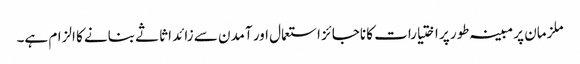
ملزمان پر مبینہ طور پر اختیارات کا ناجائز استعمال اور آمدن سے زائد اثاثے بنانے کا الزام ہے۔